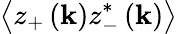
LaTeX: \left\langle z_{+}\left(\mathbf{k}\right)z_{-}^{*}\left(\mathbf{k}\right)\right\rangle